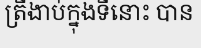
ត្រីងាប់ក្នុងទីនោះ បាន